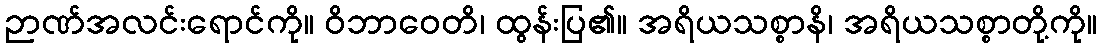
ဉာဏ်အလင်းရောင်ကို။ ဝိဘာဝေတိ၊ ထွန်းပြ၏။ အရိယသစ္စာနိ၊ အရိယသစ္စာတို့ကို။